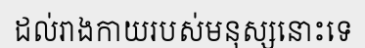
ដល់រាងកាយរបស់មនុស្សនោះទេ